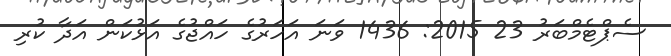
ސެޕްޓެމްބަރު 23 2015: 1436 ވަނަ އަހަރުގެ ހައްޖުގެ އަޅުކަން އަދާ ކުރި